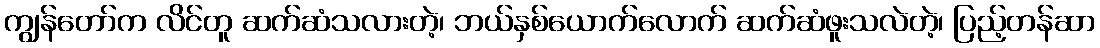
ကျွန်တော်က လိင်တူ ဆက်ဆံသလားတဲ့၊ ဘယ်နှစ်ယောက်လောက် ဆက်ဆံဖူးသလဲတဲ့၊ ပြည့်တန်ဆာ